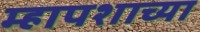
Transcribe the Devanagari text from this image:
म्हापशाच्या